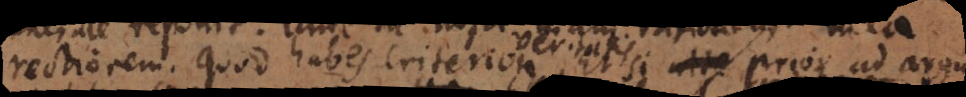
rectiorem. quod habes criterion veritatis Et si prior ad argu